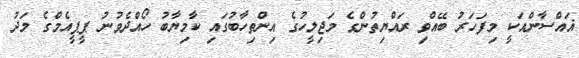
ޣައްސާންއަކީ މިފަހަރު ބޭއްވި ރައްޔިތުންގެ މަޖިލީހުގެ އިންތިހާބުގައި ކާމިޔާބު ހޯއްދެވުނު ޕީޕީއެމްގެ މަދު